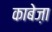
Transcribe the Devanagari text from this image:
काबेज़ा